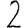
Digit: 2